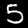
Digit: 5